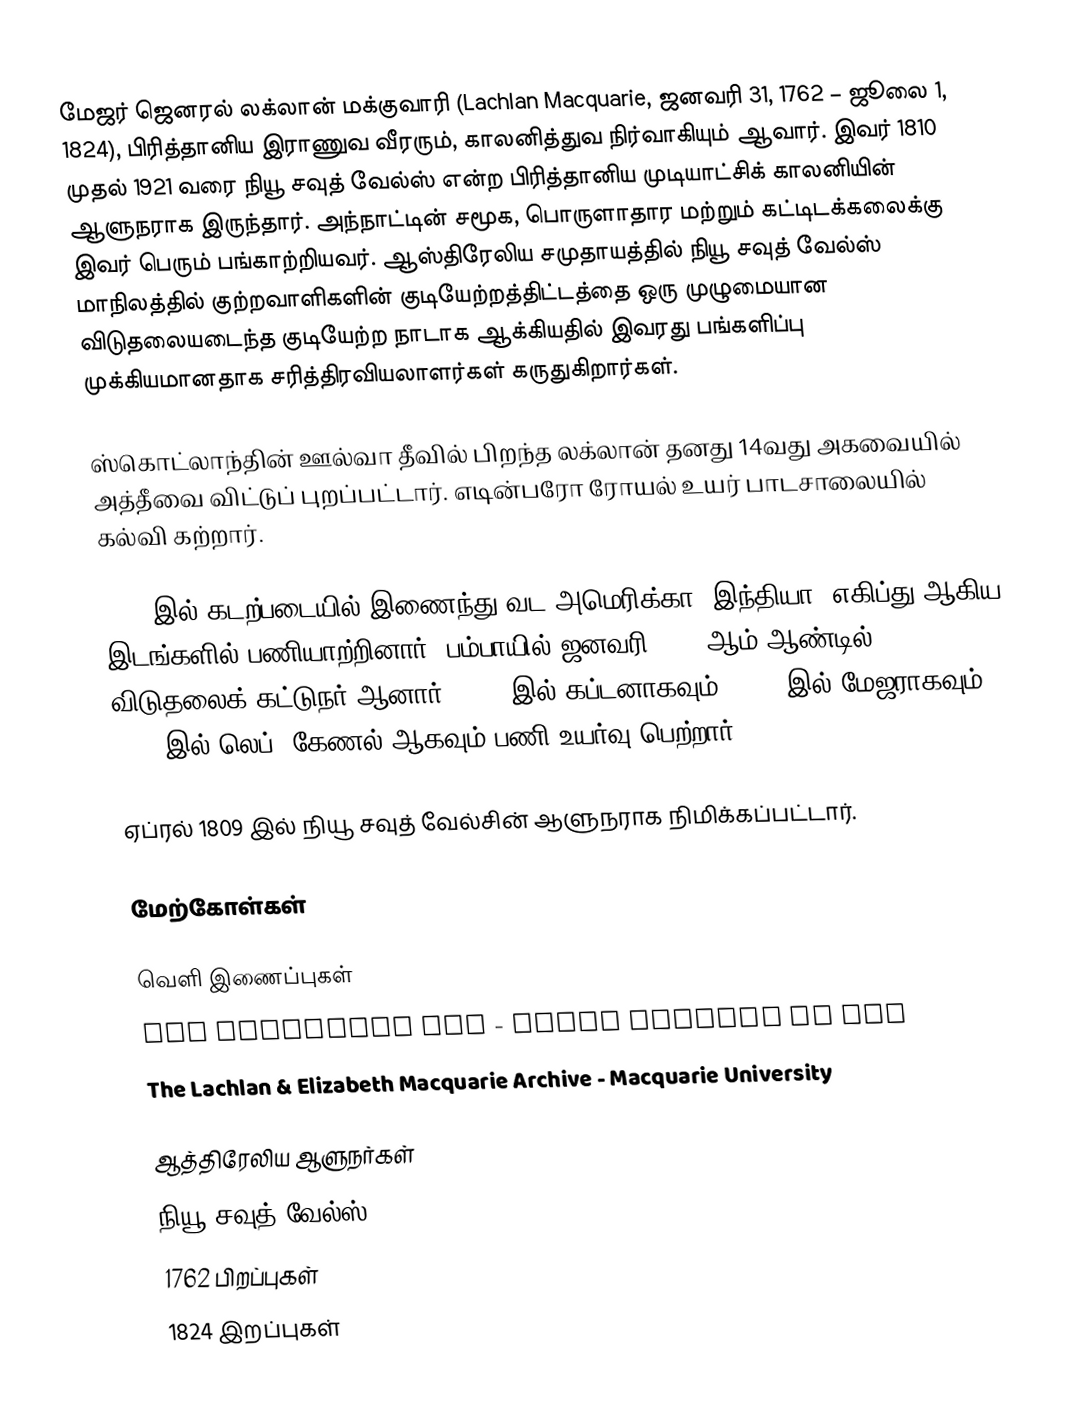
மேஜர் ஜெனரல் லக்லான் மக்குவாரி (Lachlan Macquarie, ஜனவரி 31, 1762 – ஜூலை 1, 1824), பிரித்தானிய இராணுவ வீரரும், காலனித்துவ நிர்வாகியும் ஆவார். இவர் 1810 முதல் 1921 வரை நியூ சவுத் வேல்ஸ் என்ற பிரித்தானிய முடியாட்சிக் காலனியின் ஆளுநராக இருந்தார். அந்நாட்டின் சமூக, பொருளாதார மற்றும் கட்டிடக்கலைக்கு இவர் பெரும் பங்காற்றியவர். ஆஸ்திரேலிய சமுதாயத்தில் நியூ சவுத் வேல்ஸ் மாநிலத்தில் குற்றவாளிகளின் குடியேற்றத்திட்டத்தை ஒரு முழுமையான விடுதலையடைந்த குடியேற்ற நாடாக ஆக்கியதில் இவரது பங்களிப்பு முக்கியமானதாக சரித்திரவியலாளர்கள் கருதுகிறார்கள்.

ஸ்கொட்லாந்தின் ஊல்வா தீவில் பிறந்த லக்லான் தனது 14வது அகவையில் அத்தீவை விட்டுப் புறப்பட்டார். எடின்பரோ ரோயல் உயர் பாடசாலையில் கல்வி கற்றார்.

1776 இல் கடற்படையில் இணைந்து வட அமெரிக்கா, இந்தியா, எகிப்து ஆகிய இடங்களில் பணியாற்றினார். பம்பாயில் ஜனவரி 1793 ஆம் ஆண்டில் விடுதலைக் கட்டுநர் ஆனார். 1789 இல் கப்டனாகவும், 1801 இல் மேஜராகவும், 1805 இல் லெப். கேணல் ஆகவும் பணி உயர்வு பெற்றார்.

ஏப்ரல் 1809 இல் நியூ சவுத் வேல்சின் ஆளுநராக நிமிக்கப்பட்டார்.

மேற்கோள்கள்

வெளி இணைப்புகள்
The Macquarie Era - State Library of NSW
 The Lachlan & Elizabeth Macquarie Archive - Macquarie University

ஆத்திரேலிய ஆளுநர்கள்
நியூ சவுத் வேல்ஸ்
1762 பிறப்புகள்
1824 இறப்புகள்